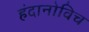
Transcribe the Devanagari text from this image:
हंदानोविच